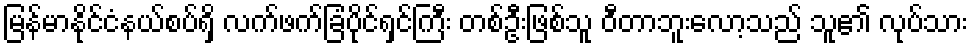
မြန်မာနိုင်ငံနယ်စပ်ရှိ လက်ဖက်ခြံပိုင်ရှင်ကြီး တစ်ဦးဖြစ်သူ ဝီတာဘူးလော့သည် သူ၏ လုပ်သား